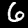
Label: 6